Vaccination in the Punjab 1883-1896 - 1883-1896
Year: 1883
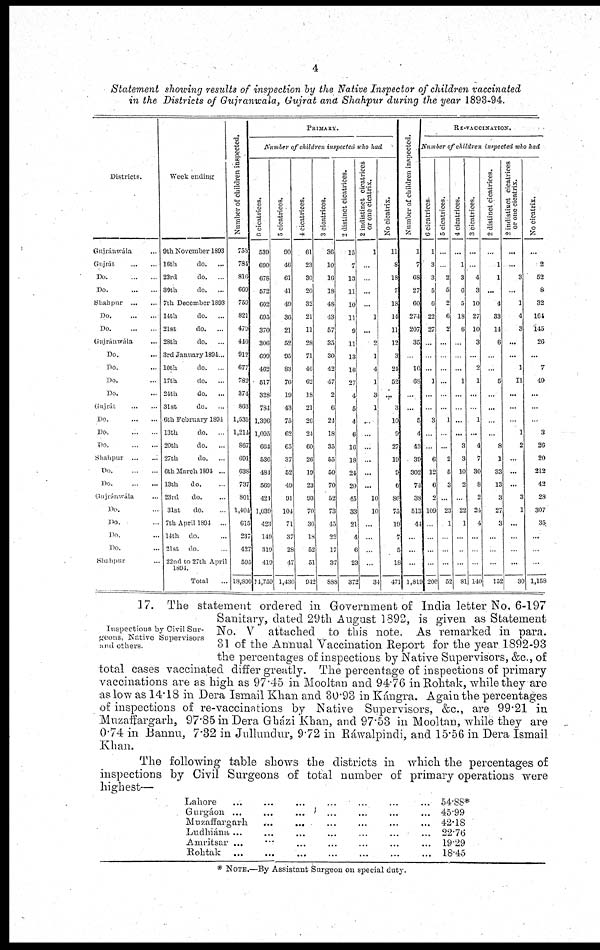
4
Statement showing results of inspection by the Native Inspector of children vaccinated
in the Districts of Gujranwala, Gujrat and Shahpur during the year 1893-94.
Districts.
Gujránwála ...
Gujrát
...
...
Do.
Do.
Shahpur
Do
Do
Gujránwála
Do.
Do.
Do.
Do.
Gujrát
Do.
Do.
Do.
Shahpur
Do
Do
Gujránwála
Do.
Do.
Do.
Do.
Shahpur
Week ending
9th November 1893
16th
do.
23rd
do. ...
30th
do.
7th December 1803
14th
do.
21st
do. ...
28th
do.
3rd January 1804...
10th
do. ...
17th
do. ...
21th
do. ...
31st
do.
6th February 1894
13 th
do. ...
20th
do.
27th
do.
6th March 1894 ...
13ch
do.
23rd
do.
31st
do.
7th April 1801 ...
11th do.
21st do.
22nrl to 27th April
1801.
Total
Number of children inspected.
753
784
816
669
759
821
479
446
912
677
782
374
863
1,535
1,214
867
691
638
737
801
1,404
615
237
427
595
18,896
PRIMARY.
Number of children inspected who had
6 cicatrices.
539
690
678
572
602
695
370
306
699
462
517
328
784
1,396
1,095
664
536
484
569
424
1,039
423
149
319
419
14,750
5 cicatrices.
90
46
61
41
49
36
21
52
95
83
76
19
43
75
62
65
37
52
49
94
104
71
37
28
47
1,430
4 cicatrices.
61
23
30
20
32
21
11
28
71
46
62
18
21
26
24
60
26
19
23
93
70
36
18
52
51
942
3 cicatrices.
36
10
16
18
48
43
57
35
30
42
47
2
6
24
18
35
55
50
70
52
73
45
22
17
37
888
2 distinct cicatrices.
15
7
13
11
10
11
9
11
13
16
27
4
5
4
6
16
18
24
20
45
33
21
4
6
23
372
2 indistinct cicatrices
or one cicatrix.
1
...
...
...
...
1
...
2
1
4
1
3
1
...
...
...
...
...
...
10
10
...
...
...
...
34
No cicatrix.
11
8
18
7
18
14
11
12
3
24
52
...
3
10
9
27
19
9
6
86
75
19
7
5
18
471
Number of children inspected.
1
7
68
27
60
274
207
35
10
68
5
4
43
39
302
71
38
513
44
...
1,810
RE-VACCINATION.
Number of children inspected who had
6 cicatrices.
1
3
3
5
6
22
27
...
...
...
1
...
...
3
...
...
6
12
6
2
109
...
...
...
...
206
5 cicatrices.
...
...
2
5
2
6
2
...
...
...
...
...
...
1
...
...
2
5
3
...
23
1
...
...
...
52
4 cicatrices.
...
1
3
6
5
18
6
...
...
...
1
...
...
...
...
3
3
10
2
...
22
1
...
...
...
81
3 cicatrices.
...
...
4
3
10
27
10
3
...
2
1
...
...
1
...
4
7
30
8
2
24
4
...
...
...
140
2 distinct cicatrices.
...
1
1
...
4
33
14
6
...
...
5
...
...
...
...
8
1
33
13
3
27
3
...
...
...
152
2 indistinct cicatrices
or one cicatrix.
...
...
3
...
1
4
3
...
...
1
11
...
...
...
1
2
...
...
...
3
1
...
...
...
...
30
No cicatrix.
...
2
52
8
32
164
145
26
...
7
49
...
...
...
3
26
20
212
42
28
307
35
...
...
...
1,159
Inspections by Civil Sur-
geons. Native Supervisors
and others.
17. The statement ordered in Government of India letter No. 6-197
Sanitary, dated 29th August 1892, is given as Statement
No. V attached to this note. As remarked in para.
31 of the Annual Vaccination Report for the year 1892-93
the percentages of inspections by Native Supervisors, &c., of
total cases vaccinated differ greatly. The percentage of inspections of primary
vaccinations are as high as 97.45 in Mooltan and 94.76 in Rohtak, while they are
as low as 14.18 in Dera Ismail Khan and 30.93 in Kángra. Again the percentages
of inspections of re-vaccinations by Native Supervisors, &c., are 99.21 in
Muzaf argarh, 97.85 in Dera Gházi Khan, and 97.53 in Mooltan, while they are
0.74 in Bannu, 7.32 in Jullundur, 9.72 in Ráwalpindi, and 15.56 in Dera Ismail
Khan.
The following table shows the districts in which the percentages of
inspections by Civil Surgeons of total number of primary operations were
highest—
Lahore
...
Gurgáon ...
Mnzaffargarli
Ludhiána ...
Amritsar ...
Rohtak
54.88*
45.99
42.18
22.76
19.29
18.45
* Note.—By Assistant Surgeon on special duty.